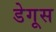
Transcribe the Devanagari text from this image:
डेगूस